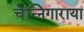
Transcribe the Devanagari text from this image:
चेन्निगाराया